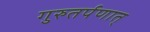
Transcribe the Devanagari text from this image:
गुरुतर्पणात्